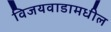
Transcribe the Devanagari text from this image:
विजयवाडामधील